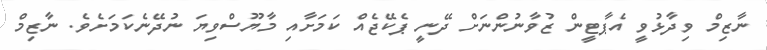
ނާޒިމް ވިދާޅުވީ އެޕާޓީން ޒުވާނުންނަށް ދޭނީ ޕެކޭޖެއް ކަމަށާއި މާޔޫސްވިޔަ ނުދޭނެކަމަށެވެ. ނާޒިމް